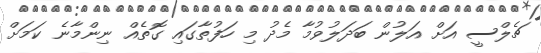
ޗެލްސީ އަށް އަލުން ބަދަލުވުމާ މެދު މި ހަފުތާގައި ގޮތެއް ނިންމާނެ ކަމަށް